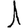
Digit: 1